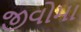
જીવોમા